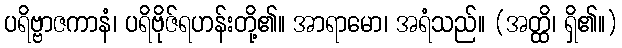
ပရိဗ္ဗာဇကာနံ၊ ပရိဗိုဇ်ရဟန်းတို့၏။ အာရာမော၊ အရံသည်။ (အတ္ထိ၊ ရှိ၏။)